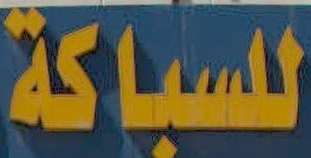
للسباكة